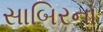
સાબિરના